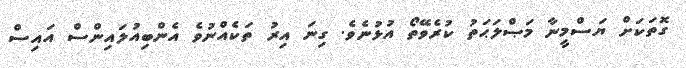
ގޮތަކަށް ޔަސްމީނާ މަޞްލަޙަތު ކުރެވޭތޯ އުޅުނެވެ. ގިނަ އިރު ތަކެއްނުވެ އެންބިއުލައިންސް އައިސް